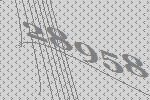
28958